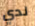
لدي